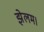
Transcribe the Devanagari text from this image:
झेलम।